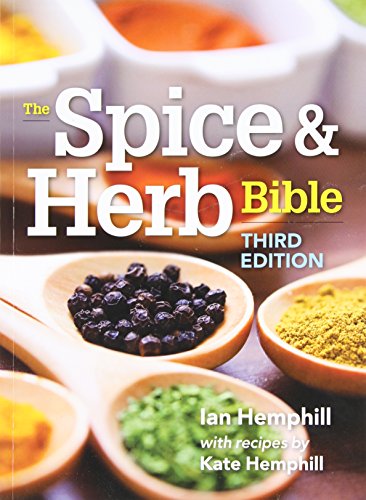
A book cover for The Spice and Herb Bible; Ian Hemphill; Cookbooks, Food & Wine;